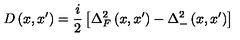
D \left( x , x ^ { \prime } \right) = \frac i 2 \left[ \Delta _ { F } ^ { 2 } \left( x , x ^ { \prime } \right) - \Delta _ { - } ^ { 2 } \left( x , x ^ { \prime } \right) \right]